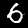
Digit: 6